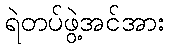
ရဲတပ်ဖွဲ့အင်အား